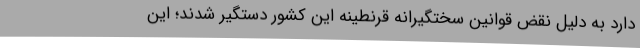
دارد به دلیل نقض قوانین سختگیرانه قرنطینه این کشور دستگیر شدند؛ این